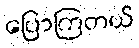
ပြောကြတယ်